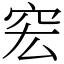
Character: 䆖